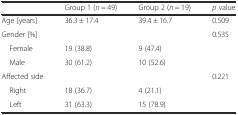
<table><thead><tr><td></td><td><b>Group 1 (<i>n</i> = 49)</b></td><td><b>Group 2 (<i>n</i> = 19)</b></td><td><b><i>p</i> value</b></td></tr></thead><tbody><tr><td>Age [years]</td><td>36.3 ± 17.4</td><td>39.4 ± 16.7</td><td>0.509</td></tr><tr><td>Gender [%]</td><td></td><td></td><td rowspan="3">0.535</td></tr><tr><td> Female</td><td>19 (38.8)</td><td>9 (47.4)</td></tr><tr><td> Male</td><td>30 (61.2)</td><td>10 (52.6)</td></tr><tr><td>Affected side</td><td></td><td></td><td rowspan="3">0.221</td></tr><tr><td> Right</td><td>18 (36.7)</td><td>4 (21.1)</td></tr><tr><td> Left</td><td>31 (63.3)</td><td>15 (78.9)</td></tr></tbody></table>